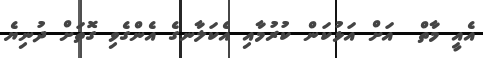
އެއީ މާތް  އަށް އަޅުކަން ކުރުމާއި އެކަލާނގެ އެންގެވި ގޮތަށް ދުނިޔެ